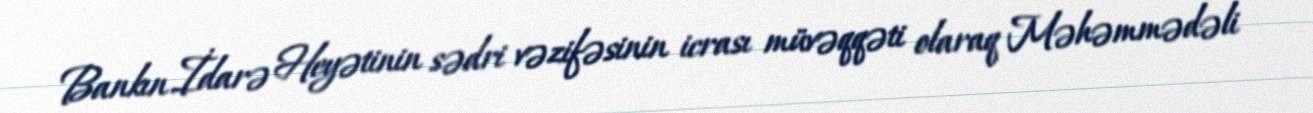
Bankın İdarə Heyətinin sədri vəzifəsinin icrası müvəqqəti olaraq Məhəmmədəli